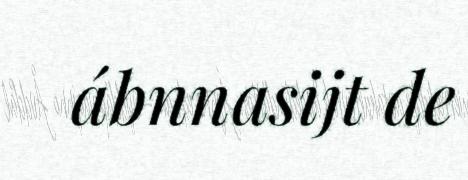
ábnnasijt de